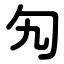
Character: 勼